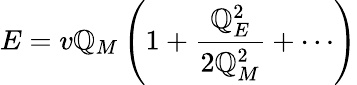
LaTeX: E=v\mathbb{Q}_{M}\left(1+{\frac{{\mathbb{Q}_{E}^{2}}}{{2\mathbb{Q}_{M}^{2}}}}+\cdots\right)